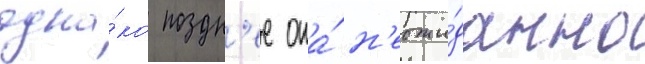
одна́ко поздн'ее она́ н'еожи́данно